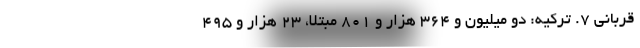
قربانی ۷. ترکیه: دو میلیون و ۳۶۴ هزار و ۸۰۱ مبتلا، ۲۳ هزار و ۴۹۵